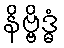
နိဗ္ဗိဒ္ဓံ